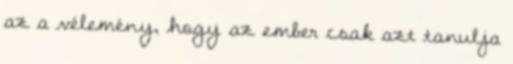
az a vélemény, hogy az ember csak azt tanulja